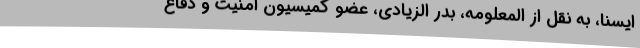
ایسنا، به نقل از المعلومه، بدر الزیادی، عضو کمیسیون امنیت و دفاع